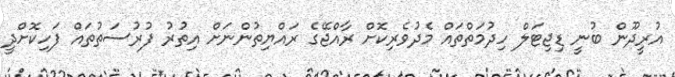
އުރީދޫން ބުނީ ޑިޖިޓަލް ހިދުމަތްތައް މެދުވެރިކޮށް ރާއްޖޭގެ ރައްޔިތުންނަށް އިތުރު ފުރުސަތުތައް ފަހިކޮށްދީ